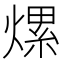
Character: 𤍶